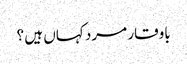
باوقار مرد کہاں ہیں ؟